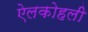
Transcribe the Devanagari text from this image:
ऐलकोहली